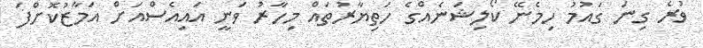
ވުރެ ގިނަ ގައުމު ހިމެނޭ ކޯލިޝަނެއްގެ ހަތިޔާރުތައް މިހާރު ވަނީ އައިއެސްއަށް އަމާޒުކޮށްފަ